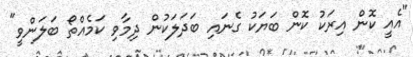
"އެއީ ކޮން އިރަކު ކޮން ބަޔަކު ގެނައި ބަދަލަކުން ދިމާވި ކަމެއްތޯ ބަލަންވީ"